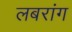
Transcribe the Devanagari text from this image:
लबरांग